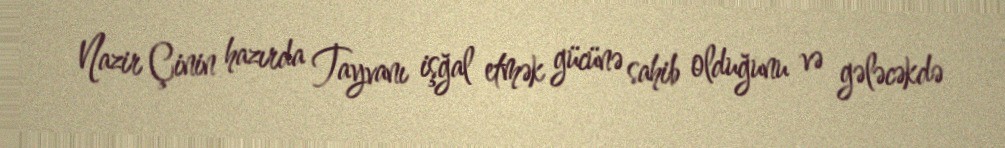
Nazir Çinin hazırda Tayvanı işğal etmək gücünə sahib olduğunu və gələcəkdə